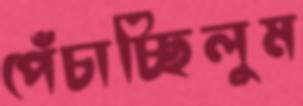
পেঁচাচ্ছিলুম